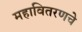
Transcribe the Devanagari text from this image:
महावितरणचे